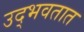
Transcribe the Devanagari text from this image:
उद्‍भवतात